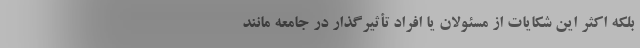
بلکه اکثر این شکایات از مسئولان یا افراد تأثیرگذار در جامعه مانند